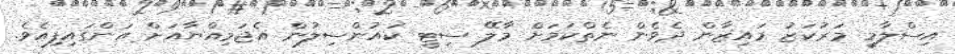
އިސްލާމީ މަރުކަޒު މައިޒާން ދެވެން ނެތްކަމަށް މާލޭ ސިޓީ ކައުންސިލުން އެޖަމިއްޔާއަށް އަންގައިފިއެވެ.